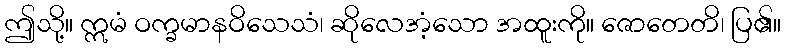
ဤသို့။ ဣမံ ဝက္ခမာနဝိသေသံ၊ ဆိုလေအံ့သော အထူးကို။ ဇောတေတိ၊ ပြ၏။